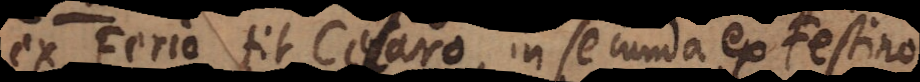
ex Ferio fit Celaro, in secunda ex Festino